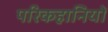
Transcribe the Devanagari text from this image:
परिकहानियों